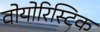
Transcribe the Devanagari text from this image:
वोयोरिस्टिक